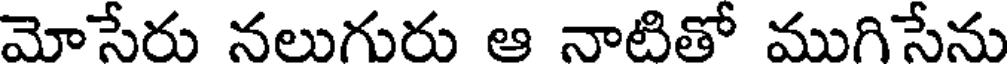
మోసేరు నలుగురు ఆ నాటితో ముగిసేను